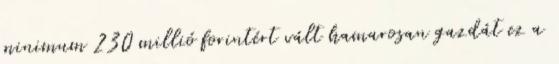
minimum 230 millió forintért vált hamarosan gazdát ez a